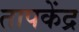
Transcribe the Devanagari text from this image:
तापकेंद्र